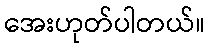
အေးဟုတ်ပါတယ်။